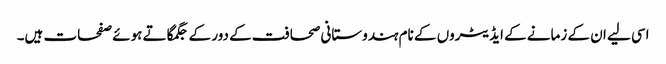
اسی لیے ان کے زمانے کے ایڈیٹروں کے نام ہندوستانی صحافت کے دور کے جگمگاتے ہوئے صفحات ہیں۔